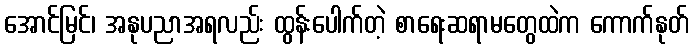
အောင်မြင်၊ အနုပညာအရလည်း ထွန်းပေါက်တဲ့ စာရေးဆရာမတွေထဲက ကောက်နုတ်